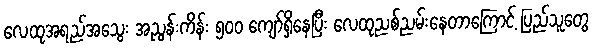
လေထုအရည်အသွေး အညွန်းကိန်း ၅၀၀ ကျော်ရှိနေပြီး လေထုညစ်ညမ်းနေတာကြောင့် ပြည်သူတွေ